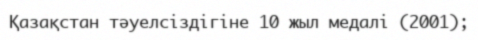
Қазақстан тәуелсіздігіне 10 жыл медалі (2001);